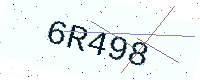
Text: 6R498